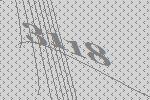
3118